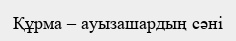
Құрма – ауызашардың сәні